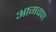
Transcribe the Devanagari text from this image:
आगवण